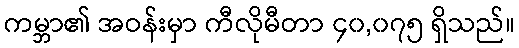
ကမ္ဘာ၏ အဝန်းမှာ ကီလိုမီတာ ၄၀,၀၇၅ ရှိသည်။